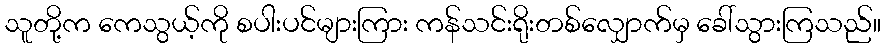
သူတို့က ကေသွယ့်ကို စပါးပင်များကြား ကန်သင်းရိုးတစ်လျှောက်မှ ခေါ်သွားကြသည်။